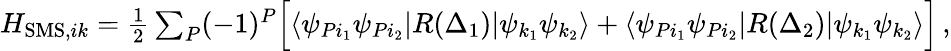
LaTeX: \begin{array}{r}{H_{\mathrm{SMS},ik}=\frac{1}{2}\sum_{P}(-1)^{P}\Big[\langle\psi_{Pi_{1}}\psi_{Pi_{2}}|R(\Delta_{1})|\psi_{k_{1}}\psi_{k_{2}}\rangle+\langle\psi_{Pi_{1}}\psi_{Pi_{2}}|R(\Delta_{2})|\psi_{k_{1}}\psi_{k_{2}}\rangle\Big]\, ,}\end{array}